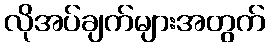
လိုအပ်ချက်များအတွက်